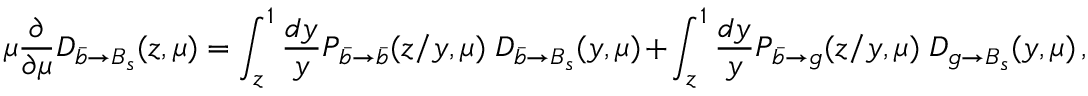
\mu \frac { \partial } { \partial \mu } D _ { \bar { b } \to B _ { s } } ( z , \mu ) = \int _ { z } ^ { 1 } \frac { d y } { y } P _ { \bar { b } \to \bar { b } } ( z / y , \mu ) \; D _ { \bar { b } \to B _ { s } } ( y , \mu ) + \int _ { z } ^ { 1 } \frac { d y } { y } P _ { \bar { b } \to g } ( z / y , \mu ) \; D _ { g \to B _ { s } } ( y , \mu ) \, ,